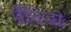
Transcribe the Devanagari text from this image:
मैंटिडी